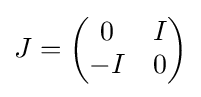
J={\begin{pmatrix}0&I\\-I&0\end{pmatrix}}